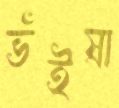
ভঁইষা